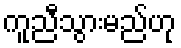
ကူညီသွားမည်ဟု